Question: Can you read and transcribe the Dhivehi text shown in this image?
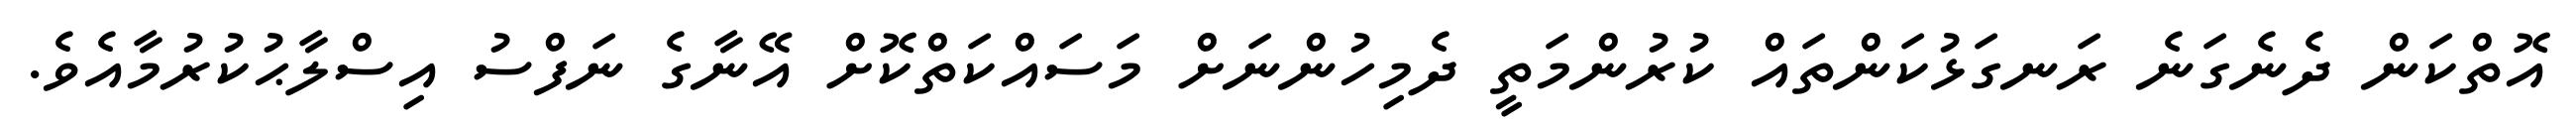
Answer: އޮތްކަން ދެނެގަނެ ރަނގަޅުކަންތައް ކުރުންމަތީ ދެމިހުންނަށް މަސައްކަތްކޮށް އޭނާގެ ނަފްސު އިސްލާޙުކުރުމާއެވެ.